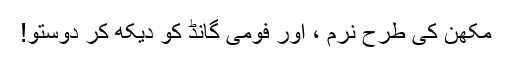
مکھن کی طرح نرم ، اور فومی گانڈ کو دیکھ کر دوستو!